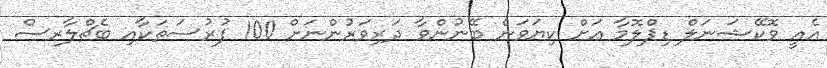
އެއީ ވޮކޭޝަނަލް ޑިޕްލޮމާ އަށް ކިޔަވަން ބޭނުންވާ ދަރިވަރުންނަށް 100 ފުރުސަތަކާއި ބެޗްލާރސް